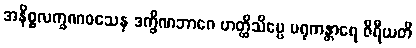
အနိစ္စလက္ခဏဝသေန ဒက္ခိဏဘာဂေ ဟတ္ထိသိပ္ပေ မရုကန္တာရေ ဇီရီယတိ